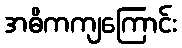
အဓိကကျကြောင်း